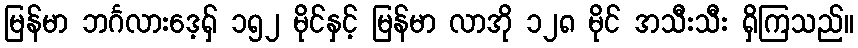
မြန်မာ ဘင်္ဂလားဒေ့ရှ် ၁၅၂ မိုင်နှင့် မြန်မာ လာအို ၁၂၈ မိုင် အသီးသီး ရှိကြသည်။